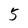
Character: 5